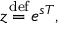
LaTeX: z { \stackrel { \mathrm { d e f } } { { } = { } } } e ^ { s T } ,